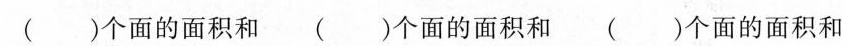
( )个面的面积和( )个面的面积和( )个面的面积和